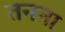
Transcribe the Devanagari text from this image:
तनना